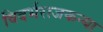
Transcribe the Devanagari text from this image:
विदर्भराजकन्या